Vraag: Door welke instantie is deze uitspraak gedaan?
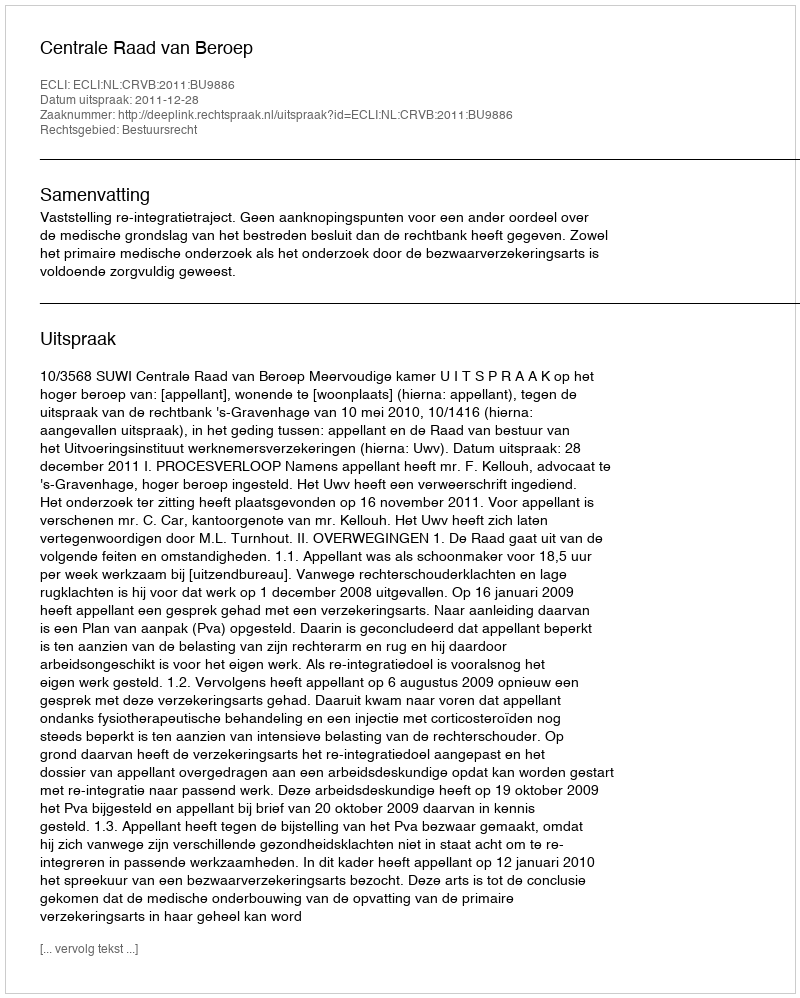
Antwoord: Centrale Raad van Beroep